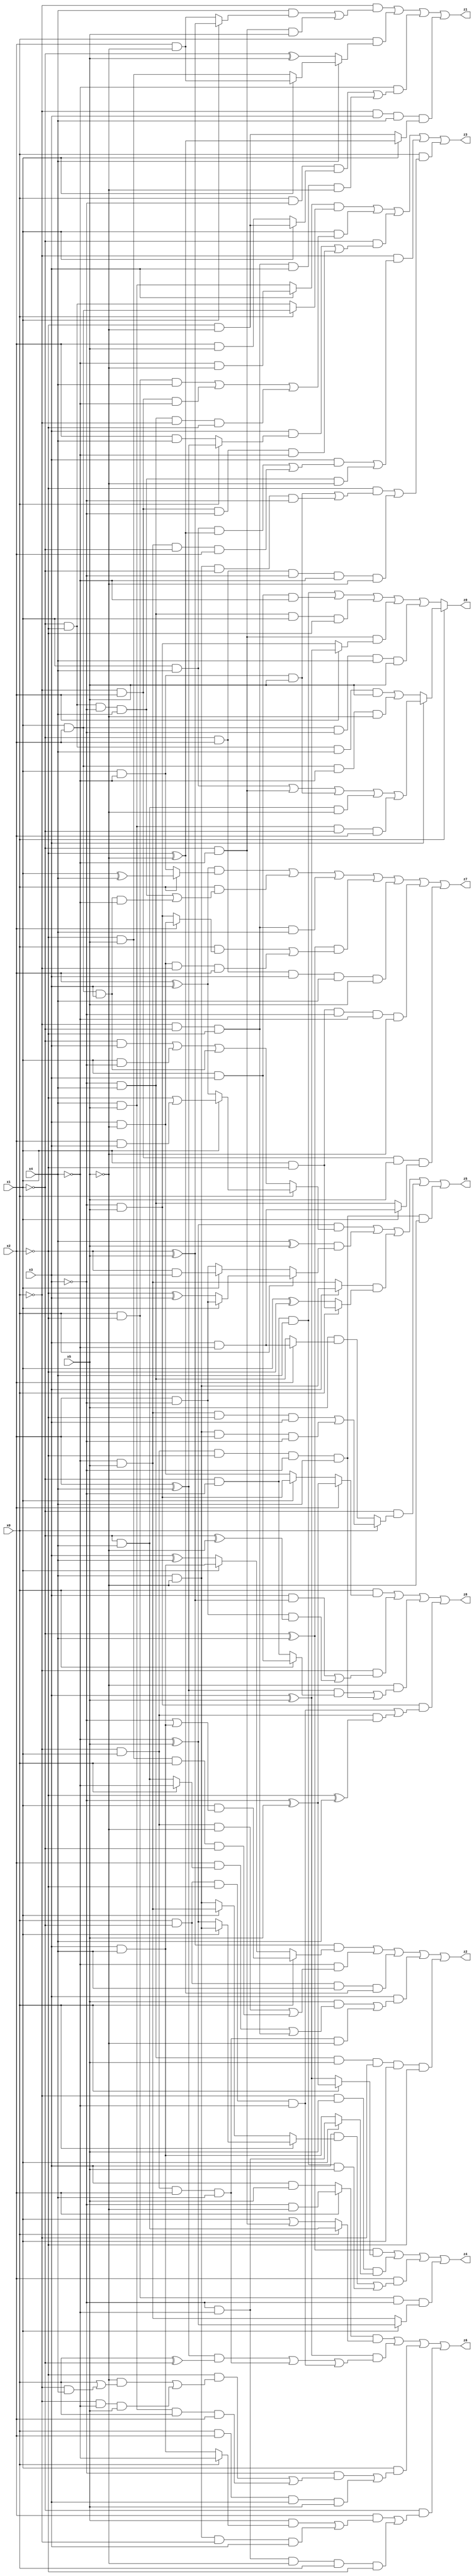
// Benchmark "X_3" written by ABC on Tue Jun 06 22:21:24 2023

module X_3 ( 
    x0, x1, x2, x3, x4, x5,
    z0, z1, z2, z3, z4, z5, z6, z7, z8  );
  input  x0, x1, x2, x3, x4, x5;
  output z0, z1, z2, z3, z4, z5, z6, z7, z8;
  assign z0 = x0 ? (x3 ? ((x1 & x4) | (~x1 & ~x4) | (x1 & ~x4 & x5) | (~x1 & x4 & ~x5) | (x4 & x5 & ~x1 & x2)) : ((~x1 & ~x2 & x4 & x5) | (x1 & x2 & ~x4 & ~x5))) : ((~x1 & ~x3 & x4) | (x1 & x3 & ~x4) | (~x3 & x4 & x1 & ~x2) | (~x1 & ~x4 & (x2 ? (x3 ^ x5) : (~x3 & x5))) | (x1 & x2 & ~x3 & x4 & x5));
  assign z1 = (~x0 & ((x4 & (x1 ? (~x2 ^ x5) : (x2 & ~x5))) | (~x1 & ~x4 & x5))) | (x0 & (x4 ? (x1 ? (x2 & ~x5) : (~x2 & x5)) : (~x1 ^ x5))) | (~x4 & ((x0 & ~x3 & (x1 ? (~x2 & ~x5) : (x2 & x5))) | (~x0 & ~x1 & ~x2 & x3 & ~x5))) | (~x0 & x3 & x4 & (x1 ? (~x2 ^ ~x5) : (~x2 & ~x5)));
  assign z2 = ((~x2 ^ x5) & (x0 ? (x1 & (~x3 | (x3 & x4))) : (x1 ? (x3 & x4) : (x3 ^ x4)))) | (~x4 & ((~x0 & x1 & ~x5) | (~x2 & x5 & x0 & ~x1))) | (x0 & ~x1 & x4 & (~x2 ^ ~x5)) | (x3 & ((x5 & ((x2 & (x0 ? ~x4 : (~x1 & x4))) | (~x0 & ~x1 & ~x2))) | (~x0 & x1 & x2 & x4 & ~x5))) | (~x3 & x4 & x5 & ~x0 & x1 & ~x2);
  assign z3 = ((x3 ? (~x4 & ~x5) : (x4 & x5)) & (x0 ? (x1 & x2) : (~x1 & ~x2))) | (x1 & ((x0 & ~x2 & x4) | (~x0 & x2 & ~x4) | (~x3 & x4 & ~x0 & ~x2))) | (~x1 & ((x3 & (x0 ? (x2 ^ x4) : (x2 & x4))) | (~x0 & x2 & ~x3 & ~x4))) | (~x0 & ((x3 & ((x1 & x4 & (~x2 ^ ~x5)) | (~x4 & x5 & ~x1 & x2))) | (~x1 & ~x2 & ~x3 & x4 & ~x5))) | (x0 & ((~x2 & ((x1 & ~x4 & x5) | (x4 & ~x5 & ~x1 & ~x3))) | (~x1 & x2 & ~x3 & ~x4 & ~x5)));
  assign z4 = ((~x1 ^ x4) & (x0 ? (~x3 ^ x5) : (x3 ^ x5))) | (~x0 & x5 & (x1 ? (~x3 & ~x4) : (x3 & x4))) | (x2 & ((x3 & (x0 ? (x1 ? (x4 & ~x5) : (~x4 ^ x5)) : (x1 ? (~x4 & x5) : (x4 & ~x5)))) | (~x1 & ~x3 & x4 & x5))) | (x0 & ~x2 & ~x3 & (x1 ? (~x4 ^ x5) : (~x4 & x5)));
  assign z5 = ((~x4 ^ x5) & (x0 ? (x1 ? (~x2 | (x2 & x3)) : (x2 ^ x3)) : ((~x1 & x3) | (x1 & ~x3) | (x1 & x2 & x3)))) | ((x4 ^ x5) & (x0 ? (x1 ? (x2 & ~x3) : (~x2 ^ x3)) : (x1 ? (~x2 & x3) : (x2 & ~x3)))) | ((x3 ? (x4 & ~x5) : (~x4 & x5)) & (x0 ? (x1 & ~x2) : (x1 ^ ~x2))) | (~x1 & (x0 ? ((~x4 & x5 & ~x2 & x3) | (x4 & ~x5 & x2 & ~x3)) : (x5 & (x2 ? (x3 & ~x4) : (~x3 & x4))))) | (~x0 & x1 & ~x2 & ~x3 & x4 & ~x5);
  assign z6 = ((x2 ? (~x3 & ~x5) : (x3 & x5)) & (x0 ? (~x1 & x4) : (x1 | (~x1 & ~x4)))) | ((x3 ^ x5) & (((x2 ^ x4) & (x0 ^ ~x1)) | (~x0 & x1 & x2 & x4) | (x0 & ~x1 & ~x2 & ~x4))) | (x1 & ((~x3 & ((~x2 & ((~x5 & (x0 | (~x0 & x4))) | (~x0 & ~x4 & x5))) | (x4 & x5 & x0 & x2))) | (x0 & x2 & x3 & x5))) | (~x1 & ((x2 & ((x5 & (x0 ? ~x4 : (x3 & x4))) | (x4 & ~x5 & ~x0 & x3))) | (~x3 & ~x4 & ~x5 & x0 & ~x2)));
  assign z7 = ((x2 ^ x3) & (x0 ? (x1 ^ x4) : (x1 & ~x4))) | (x0 & ((~x1 & ~x2 & ~x3 & x4) | (x1 & x2 & x3 & ~x4))) | (~x0 & ~x1 & ~x2 & x4) | ((~x1 ^ x4) & ((x0 & (x2 ? (x3 & ~x5) : (~x3 & x5))) | (x3 & ~x5 & ~x0 & x2))) | (~x1 & x2 & x3 & x4 & x5) | (x1 & ~x2 & ~x3 & ~x4 & ~x5) | (~x0 & x2 & x5 & (x1 ? (x3 & ~x4) : (~x3 & x4)));
  assign z8 = (x0 & (x2 ? (~x3 ^ x5) : (x1 ? (~x3 & x5) : (x3 & ~x5)))) | (~x0 & ((x3 & (~x2 ^ x5)) | (x2 & ~x3 & (~x1 ^ ~x5)))) | (~x5 & (((x2 ^ x4) & (x0 ? (x1 & x3) : (~x1 & ~x3))) | (~x0 & x1 & ~x2 & ~x3 & x4))) | (~x3 & x5 & ((x0 & ~x1 & ~x2 & ~x4) | (~x0 & x1 & (~x2 ^ x4))));
endmodule